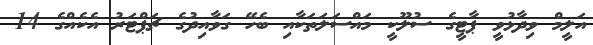
އަލީމް ވިދާޅުވީ ޕާޓީގެ ސުލޫކީ މައްސަލަތަކާއި ބެހޭ ގަވާއިދުގެ ޗަޕްޓަރު އެކެއްގެ 14